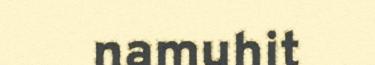
namuhit